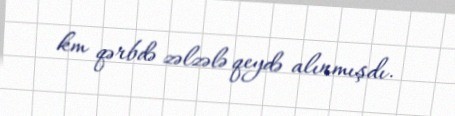
km qərbdə zəlzələ qeydə alınmışdı.